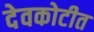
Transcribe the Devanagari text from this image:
देवकोटीत